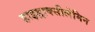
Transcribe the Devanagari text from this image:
हाइड्राक्सीलेमिन